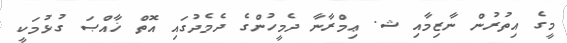
މީގެ އިތުރުން ނާޒިމާއި ޝ. ޢިމްރާނާ ދެމީހުންގެ ދެމެދުގައި އޮތް ޚާއްޞަ ގުޅުމަކީ